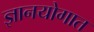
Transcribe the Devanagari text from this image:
ज्ञानयोगात